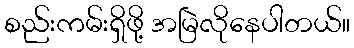
စည်းကမ်းရှိဖို့ အမြဲလိုနေပါတယ်။